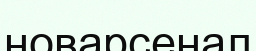
новарсенал